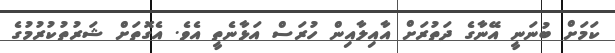
ކަމަށް ބުނަނީ އޭނާގެ ދަތުރަށް އާއިލާއިން ހުރަސް އަޅާނެތީ އެވެ. އެގޮތަށް ޝަރުތުކުރުމުގެ